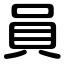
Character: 員